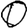
Digit: 0